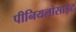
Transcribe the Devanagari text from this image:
पीनियलोसाइट